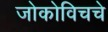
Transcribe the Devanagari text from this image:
जोकोविचचे